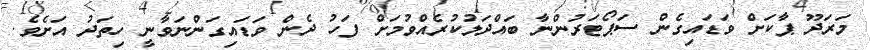
މަރަދޫ ޕާކަށް ވަޑައިގެން ސަޕޯޓަރުންނާ ބައްދަލުކުރެއްވުމަށް ފަހު ދެން ވަޑައިގަންނަވާނީ ހިތަދު އަށެވެ.